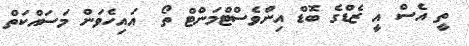
ތީ އެސް އީ ޒެޑްގެ ބޮޑް އިންވެސްޓްމަންޓް ތޯ  އައިހެވަން މަސައްކަތް